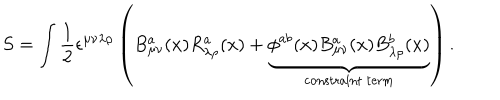
S = \int \frac { 1 } { 2 } \epsilon ^ { \mu \nu \lambda \rho } \left( B _ { \mu \nu } ^ { a } ( x ) R _ { \lambda \rho } ^ { a } ( x ) + \underbrace { \phi ^ { a b } ( x ) B _ { \mu \nu } ^ { a } ( x ) B _ { \lambda \rho } ^ { b } ( x ) } _ { \mathrm { c o n s t r a i n t \: t e r m } } \right) .